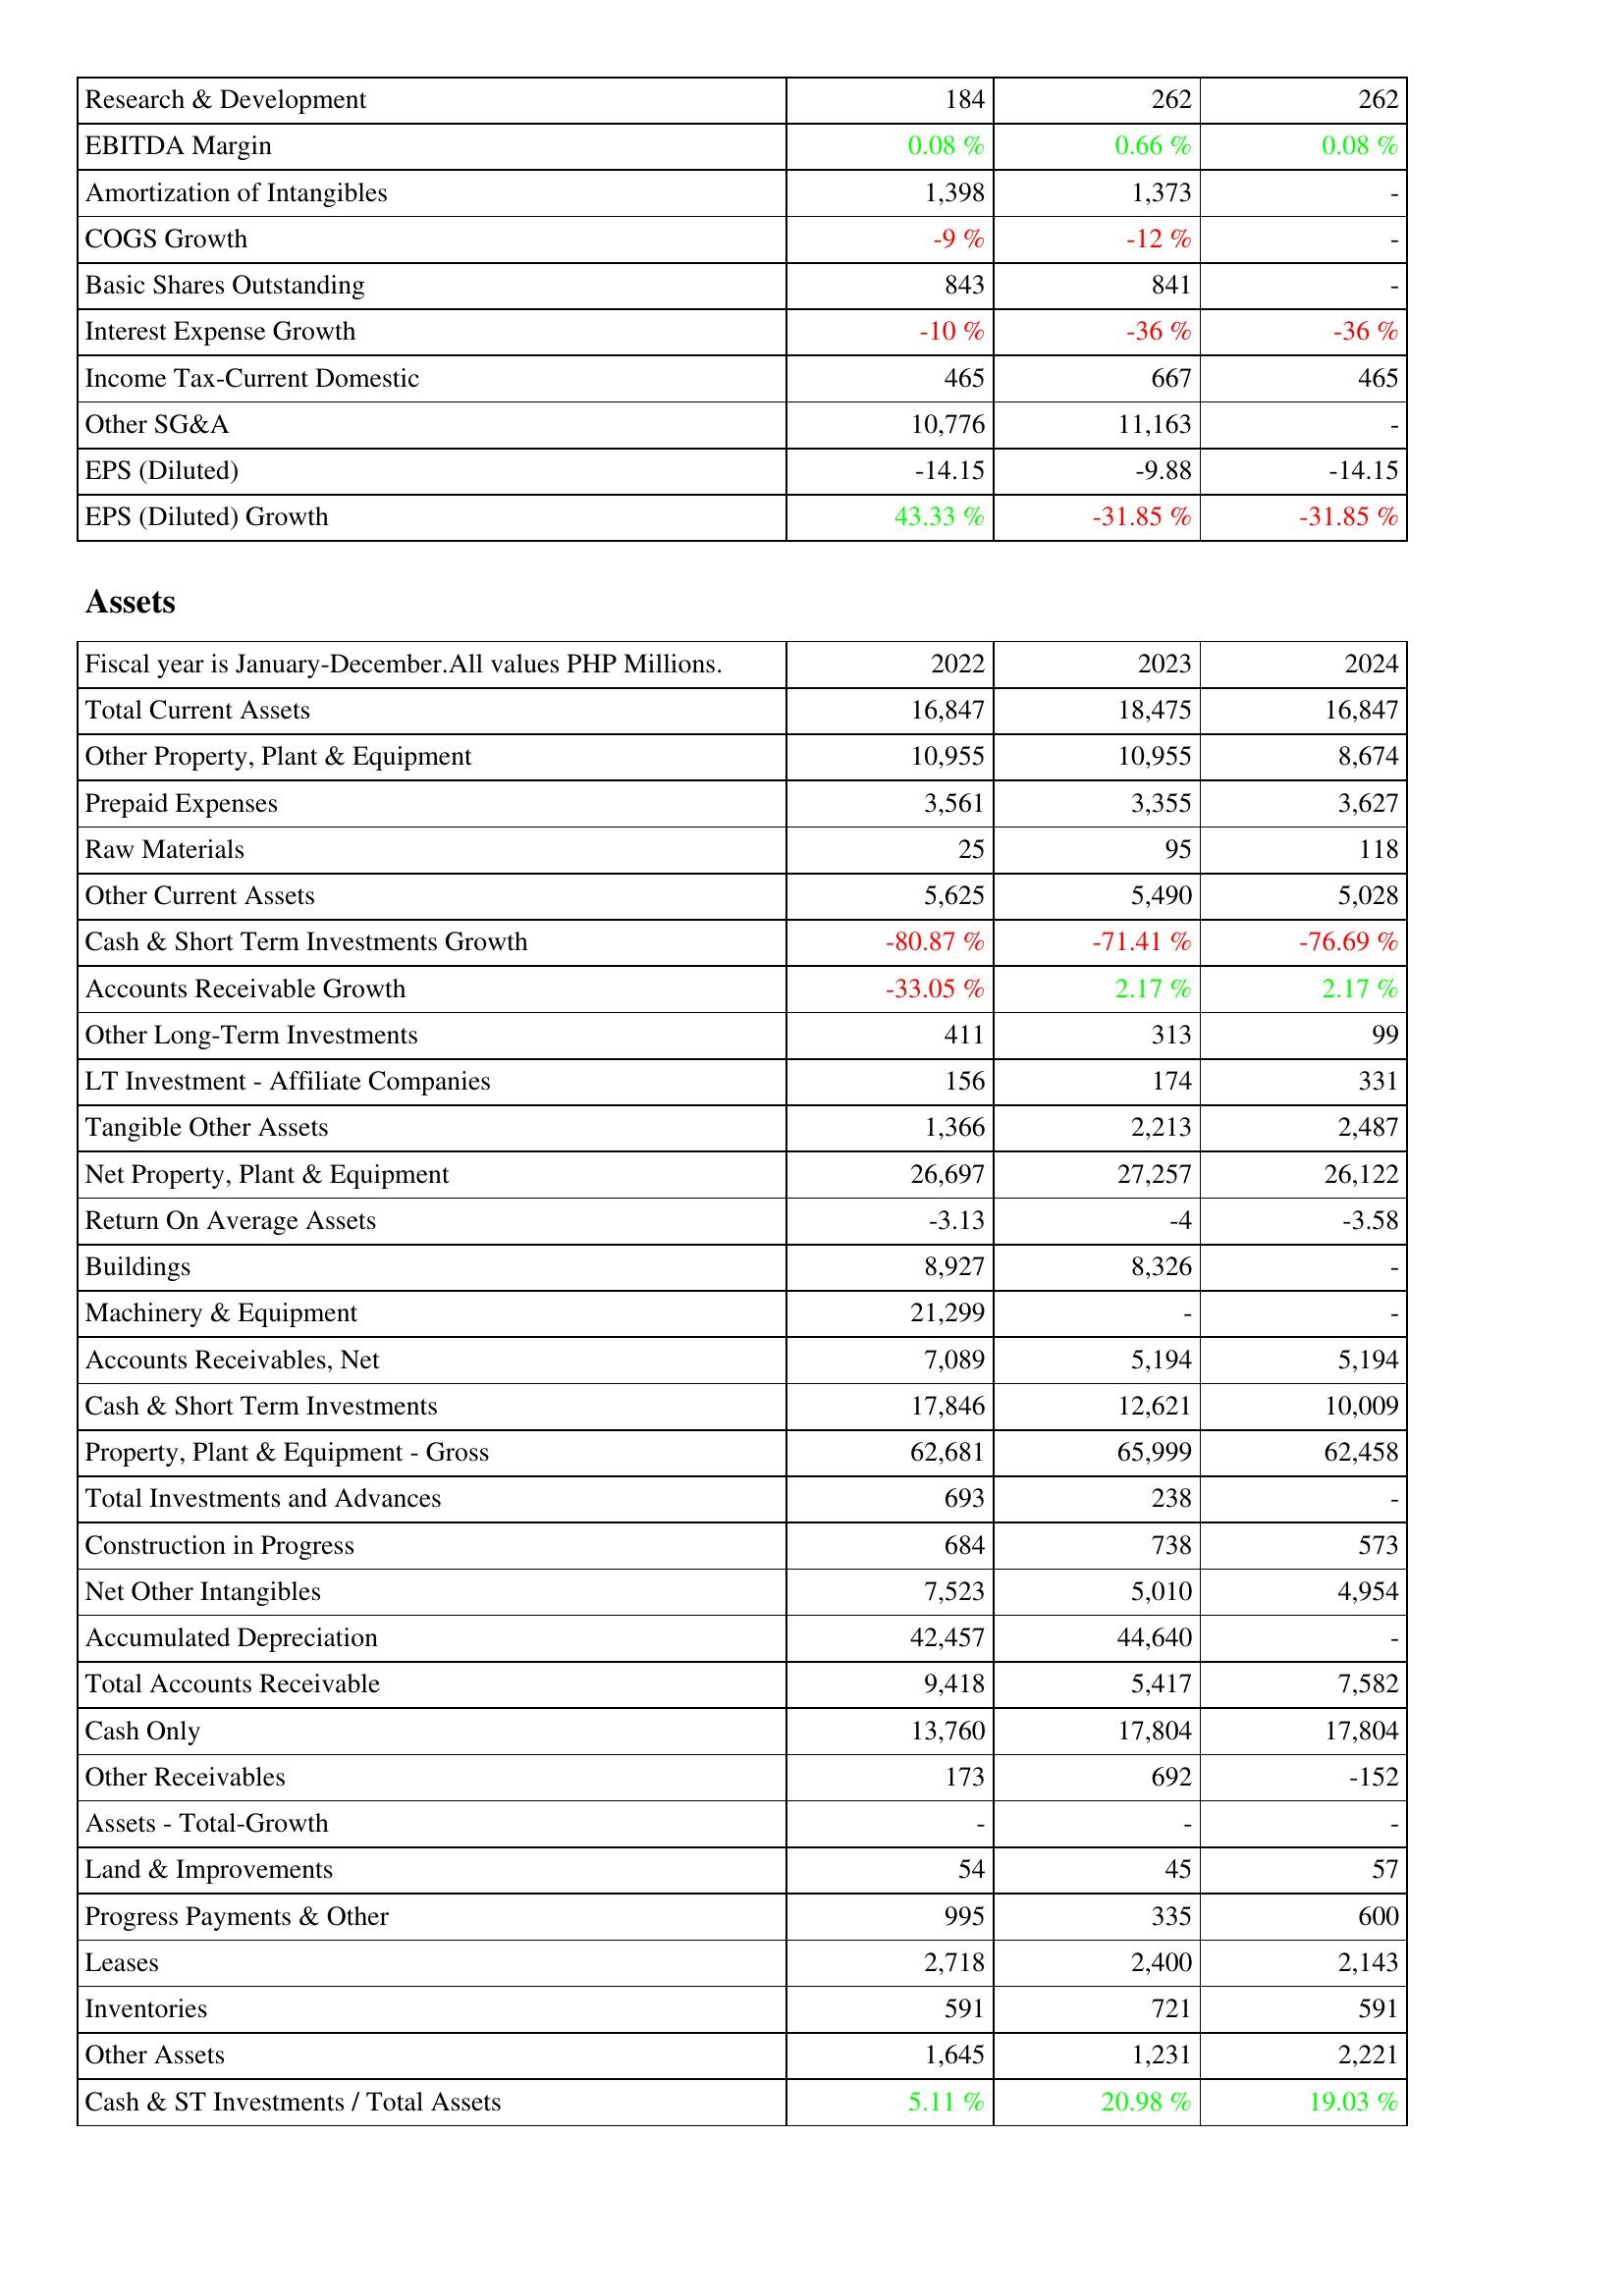
2022: Income Statement: Research & Development: 184
EBITDA Margin: 0.08 %
Amortization of Intangibles: 1,398
COGS Growth: -9 %
Basic Shares Outstanding: 843
Interest Expense Growth: -10 %
Income Tax-Current Domestic: 465
Other SG&A: 10,776
EPS (Diluted): -14.15
EPS (Diluted) Growth: 43.33 %
Assets: Total Current Assets: 16,847
Other Property, Plant & Equipment: 10,955
Prepaid Expenses: 3,561
Raw Materials: 25
Other Current Assets: 5,625
Cash & Short Term Investments Growth: -80.87 %
Accounts Receivable Growth: -33.05 %
Other Long-Term Investments: 411
LT Investment - Affiliate Companies: 156
Tangible Other Assets: 1,366
Net Property, Plant & Equipment: 26,697
Return On Average Assets: -3.13
Buildings: 8,927
Machinery & Equipment: 21,299
Accounts Receivables, Net: 7,089
Cash & Short Term Investments: 17,846
Property, Plant & Equipment - Gross: 62,681
Total Investments and Advances: 693
Construction in Progress: 684
Net Other Intangibles: 7,523
Accumulated Depreciation: 42,457
Total Accounts Receivable: 9,418
Cash Only: 13,760
Other Receivables: 173
Assets - Total-Growth: -
Land & Improvements: 54
Progress Payments & Other: 995
Leases: 2,718
Inventories: 591
Other Assets: 1,645
Cash & ST Investments / Total Assets: 5.11 %
2023: Income Statement: Research & Development: 262
EBITDA Margin: 0.66 %
Amortization of Intangibles: 1,373
COGS Growth: -12 %
Basic Shares Outstanding: 841
Interest Expense Growth: -36 %
Income Tax-Current Domestic: 667
Other SG&A: 11,163
EPS (Diluted): -9.88
EPS (Diluted) Growth: -31.85 %
Assets: Total Current Assets: 18,475
Other Property, Plant & Equipment: 10,955
Prepaid Expenses: 3,355
Raw Materials: 95
Other Current Assets: 5,490
Cash & Short Term Investments Growth: -71.41 %
Accounts Receivable Growth: 2.17 %
Other Long-Term Investments: 313
LT Investment - Affiliate Companies: 174
Tangible Other Assets: 2,213
Net Property, Plant & Equipment: 27,257
Return On Average Assets: -4
Buildings: 8,326
Machinery & Equipment: -
Accounts Receivables, Net: 5,194
Cash & Short Term Investments: 12,621
Property, Plant & Equipment - Gross: 65,999
Total Investments and Advances: 238
Construction in Progress: 738
Net Other Intangibles: 5,010
Accumulated Depreciation: 44,640
Total Accounts Receivable: 5,417
Cash Only: 17,804
Other Receivables: 692
Assets - Total-Growth: -
Land & Improvements: 45
Progress Payments & Other: 335
Leases: 2,400
Inventories: 721
Other Assets: 1,231
Cash & ST Investments / Total Assets: 20.98 %
2024: Income Statement: Research & Development: 262
EBITDA Margin: 0.08 %
Amortization of Intangibles: -
COGS Growth: -
Basic Shares Outstanding: -
Interest Expense Growth: -36 %
Income Tax-Current Domestic: 465
Other SG&A: -
EPS (Diluted): -14.15
EPS (Diluted) Growth: -31.85 %
Assets: Total Current Assets: 16,847
Other Property, Plant & Equipment: 8,674
Prepaid Expenses: 3,627
Raw Materials: 118
Other Current Assets: 5,028
Cash & Short Term Investments Growth: -76.69 %
Accounts Receivable Growth: 2.17 %
Other Long-Term Investments: 99
LT Investment - Affiliate Companies: 331
Tangible Other Assets: 2,487
Net Property, Plant & Equipment: 26,122
Return On Average Assets: -3.58
Buildings: -
Machinery & Equipment: -
Accounts Receivables, Net: 5,194
Cash & Short Term Investments: 10,009
Property, Plant & Equipment - Gross: 62,458
Total Investments and Advances: -
Construction in Progress: 573
Net Other Intangibles: 4,954
Accumulated Depreciation: -
Total Accounts Receivable: 7,582
Cash Only: 17,804
Other Receivables: -152
Assets - Total-Growth: -
Land & Improvements: 57
Progress Payments & Other: 600
Leases: 2,143
Inventories: 591
Other Assets: 2,221
Cash & ST Investments / Total Assets: 19.03 %